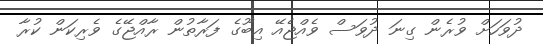
ދުވަހަށް ވުރެން ގިނަ ދުވަސް ވެއްޖެއޭ އިބޫގެ ފަރާތުން ރާއްޖޭގެ ވެރިކަން ކުރާ